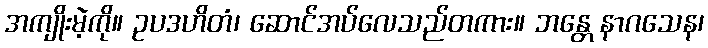
အကျိုးမဲ့ကို။ ဥပဒဟိတံ၊ ဆောင်အပ်လေသည်တကား။ ဘန္တေ နာဂသေန၊